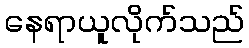
နေရာယူလိုက်သည်